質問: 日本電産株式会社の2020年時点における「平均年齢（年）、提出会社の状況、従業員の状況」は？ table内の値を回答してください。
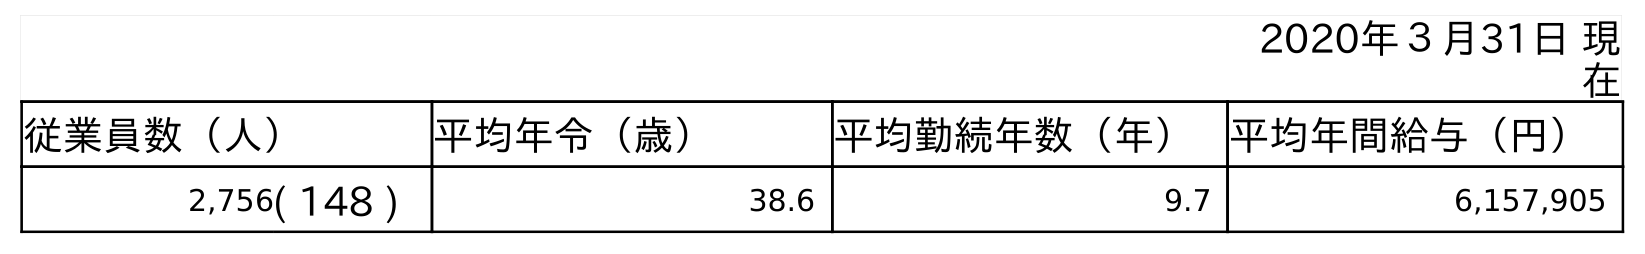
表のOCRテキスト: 2020年３月31日 現 在 従業員数（人） 平均年令（歳） 平均勤続年数（年） 平均年間給与（円） 2,756( 148 ) 38.6 9.7 6,157,905
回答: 38.6